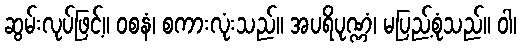
ဆွမ်းလုပ်ဖြင့်။ ဝစနံ၊ စကားလုံးသည်။ အပရိပုဏ္ဏံ၊ မပြည့်စုံသည်။ ဝါ၊